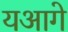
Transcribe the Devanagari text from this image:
यआगे